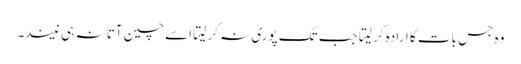
وہ جس بات کا ارادہ کر لیتا جب تک پوری نہ کر لیتا اسے چین آتا نہ ہی نیند۔